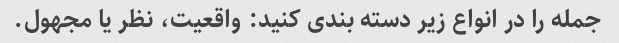
جمله را در انواع زیر دسته بندی کنید: واقعیت، نظر یا مجهول.